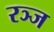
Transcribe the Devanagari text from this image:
रञ्ज